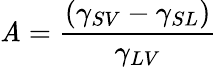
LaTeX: \mathit{A}={\frac{{(\gamma_{SV}-\gamma_{SL})}}{{\gamma_{LV}}}}